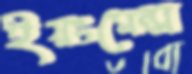
ইয়ংমেন্স